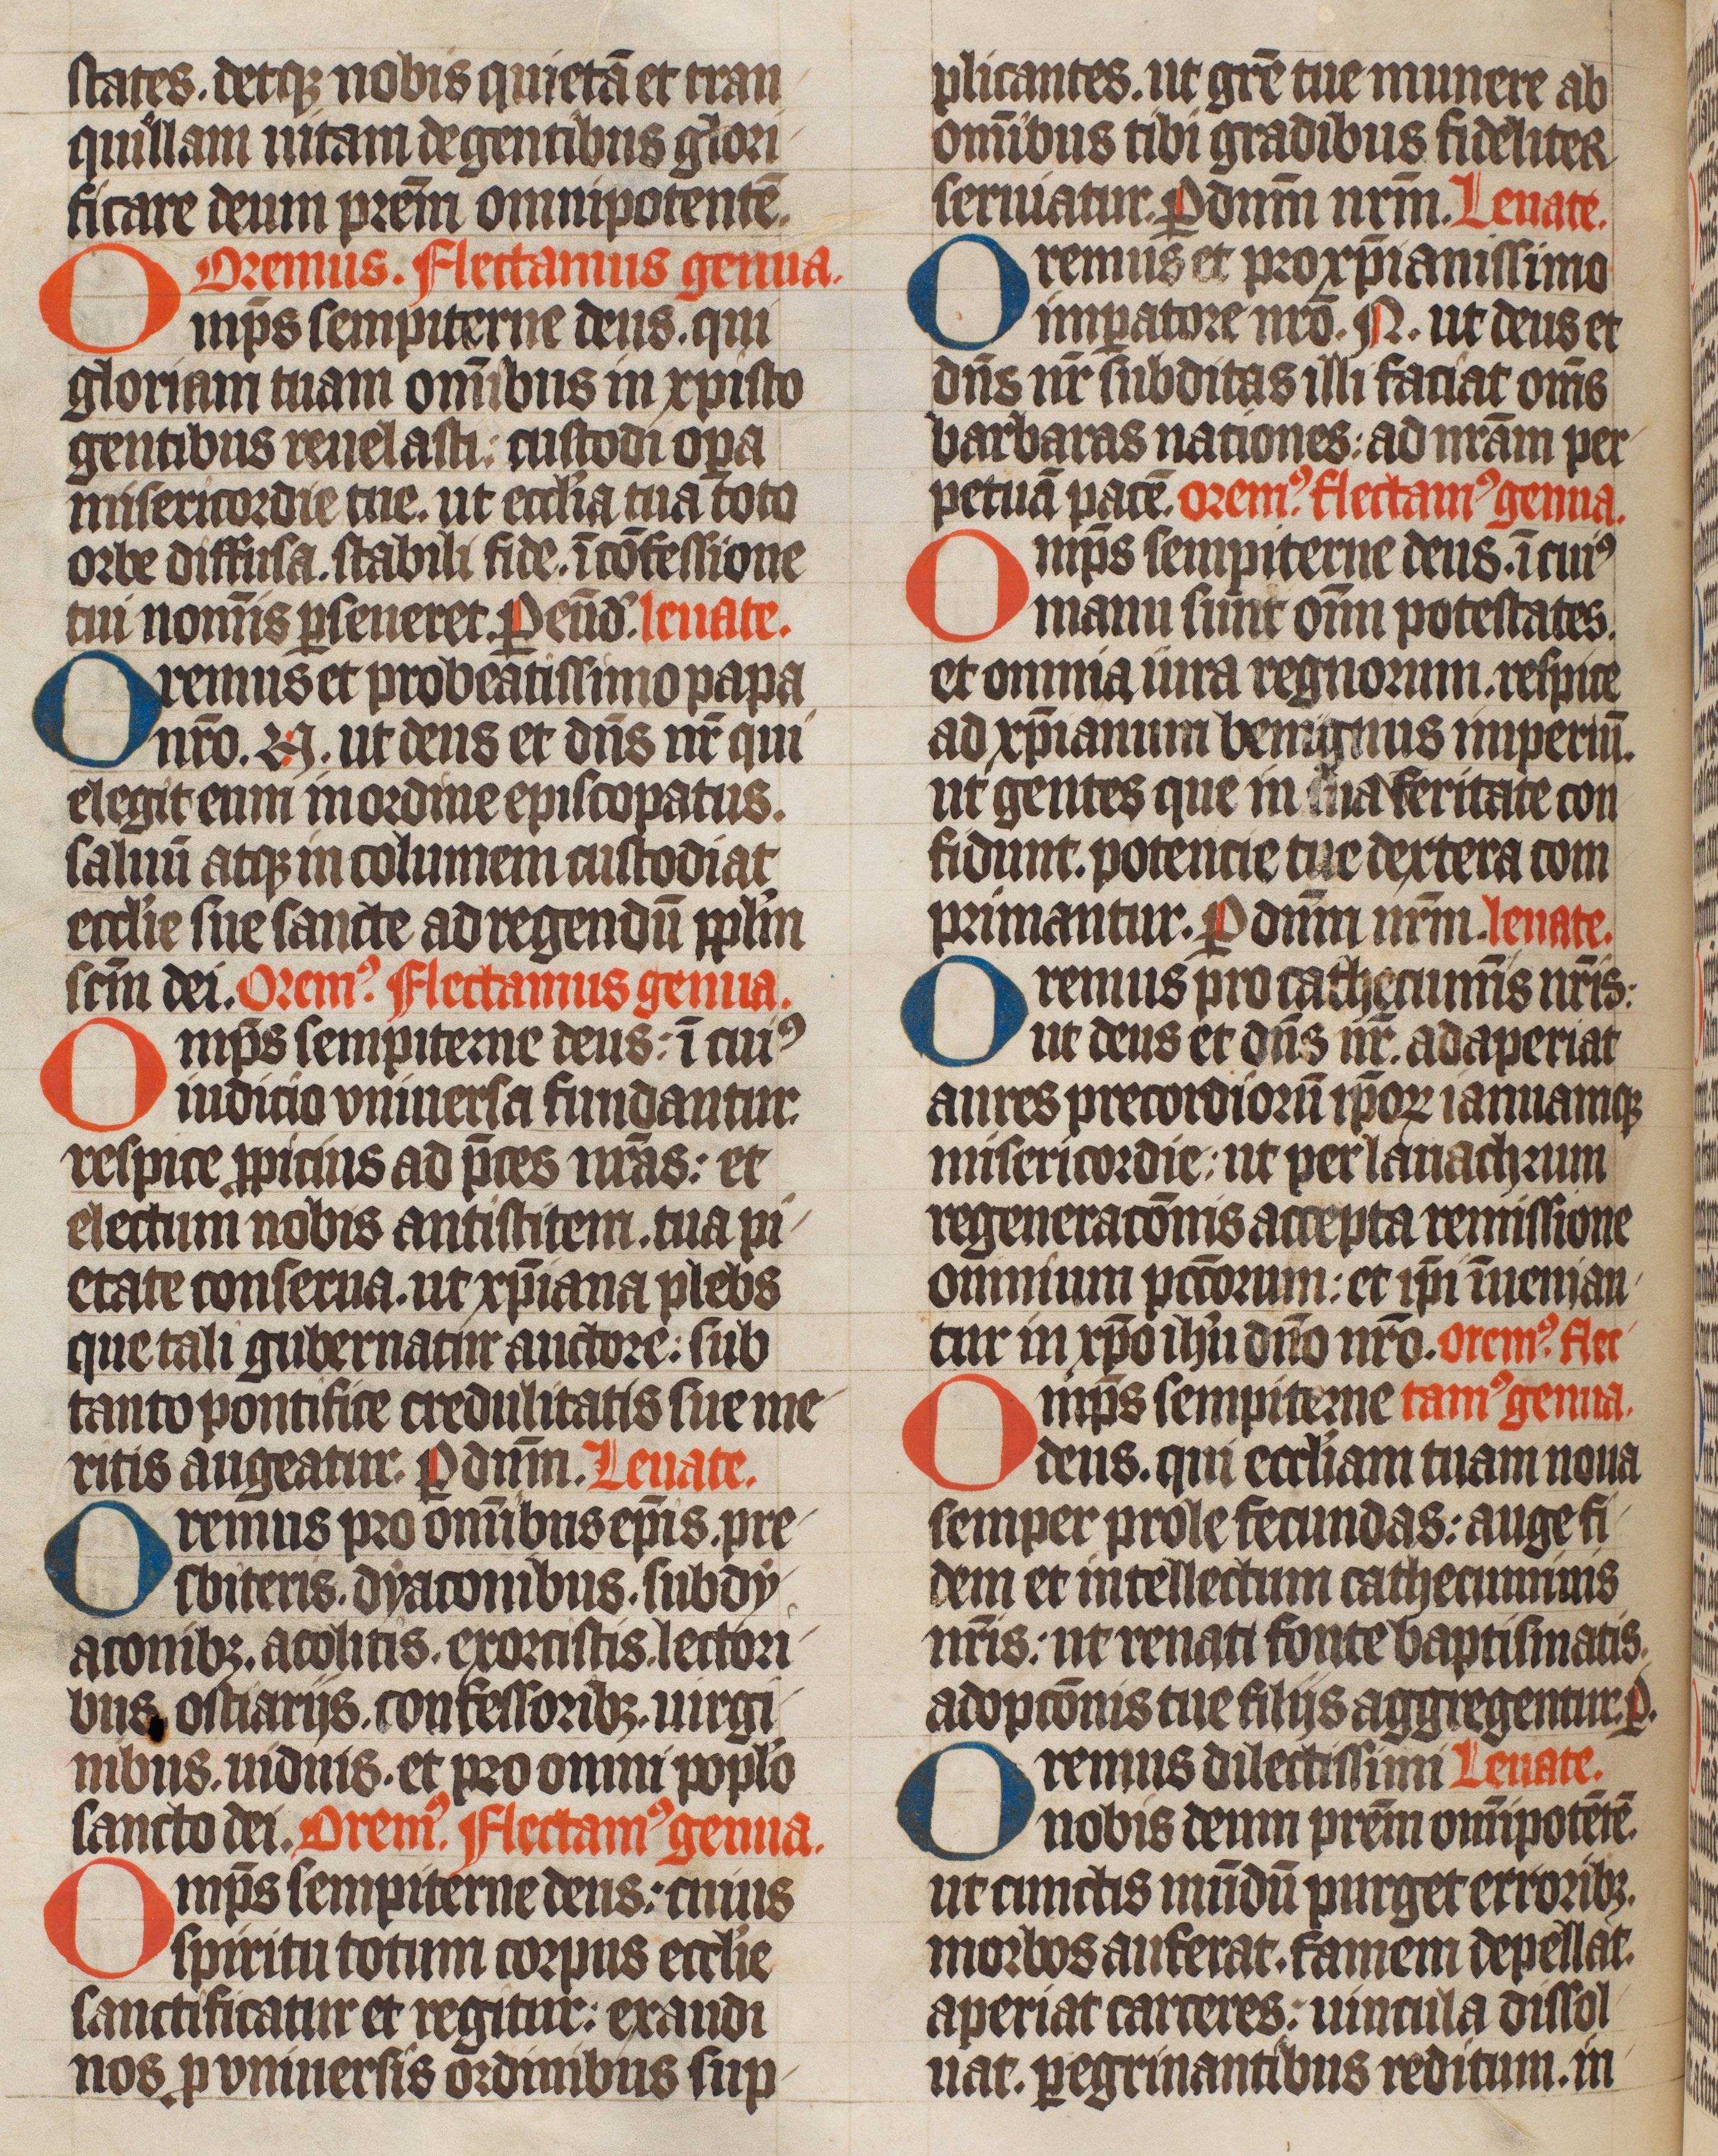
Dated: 1420–1429